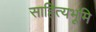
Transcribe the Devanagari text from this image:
साहित्यभूमि